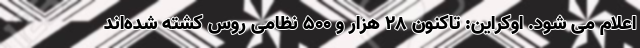
اعلام می شود. اوکراین: تاکنون 28 هزار و 500 نظامی روس کشته شده‌اند